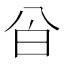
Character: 㒶